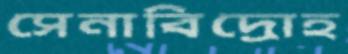
সেনাবিদ্রোহ